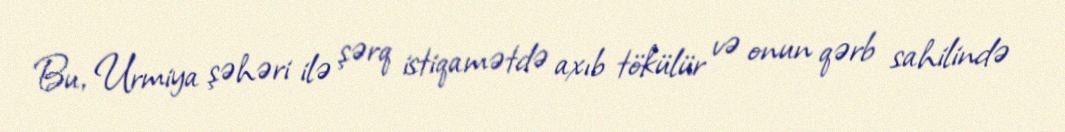
Bu, Urmiya şəhəri ilə şərq istiqamətdə axıb tökülür və onun qərb sahilində